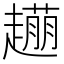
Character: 𧽹